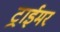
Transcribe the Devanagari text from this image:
ट्राईमर